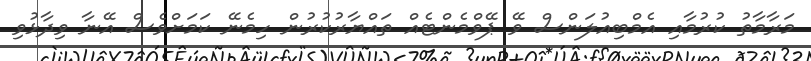
މަރާމާތު ކުރުމާއި އެމްބިއުލަންސް ވޭ ޕޭވްމެންޓެއް ތައްޔާރުކުރުން ހިމެނޭ ކަމަށްވެސް އޭނާ ވިދާޅުވި